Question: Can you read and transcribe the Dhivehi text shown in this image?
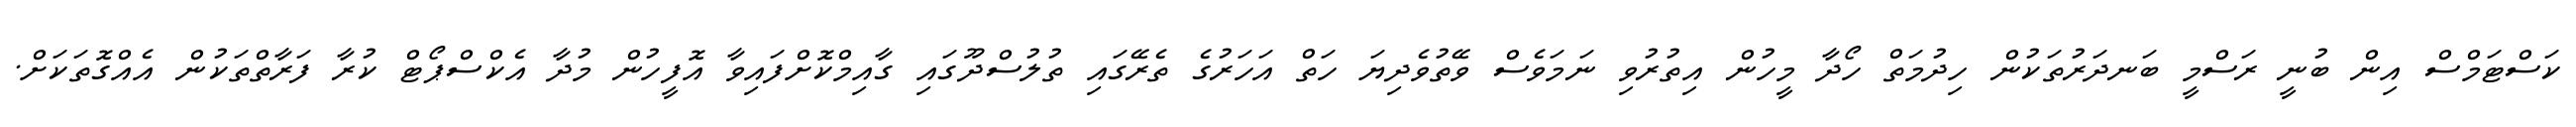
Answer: ކަސްޓަމްސް އިން ބުނީ ރަސްމީ ބަނދަރުތަކުން ހިދުމަތް ހޯދާ މީހުން އިތުރުވި ނަމަވެސް ވޭތުވެދިޔަ ހަތް އަހަރުގެ ތެރޭގައި ތުލުސްދޫގައި ގާއިމްކޮށްފައިވާ އޮފީހުން މުދާ އެކްސްޕޯޓް ކުރާ ފަރާތްތަކުން އެއްގޮތަކަށް.